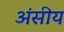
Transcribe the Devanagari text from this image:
अंसीय